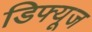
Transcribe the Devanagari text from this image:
डिफ्यूज